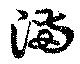
滿